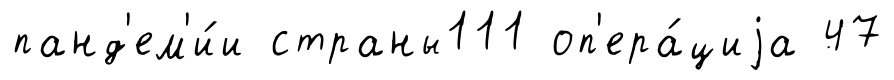
панд'ем'и́и страны111 оп'ера́циjа 47